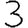
Digit: 3